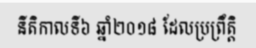
នីតិកាលទី៦ ឆ្នាំ២០១៨ ដែលប្រព្រឹត្តិ